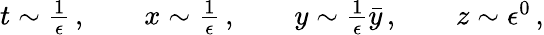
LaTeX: \begin{array}{r}{t\sim\frac{1}{\epsilon}\, ,\qquad x\sim\frac{1}{\epsilon}\, ,\qquad y\sim\frac{1}{\epsilon}\bar{y}\, ,\qquad z\sim\epsilon^{0}\, ,}\end{array}